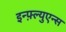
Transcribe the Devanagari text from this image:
इन्फ़्ल्युएन्स